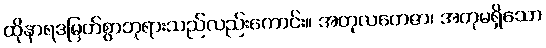
ထိုနာရဒမြတ်စွာဘုရားသည်လည်းကောင်း။ အတုလတေဇာ၊ အတုမရှိသော